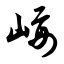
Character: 崾